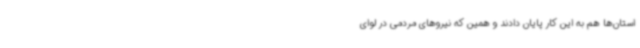
استان‌ها هم به این کار پایان دادند و همین که نیروهای مردمی در لوای